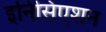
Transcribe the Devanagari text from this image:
इनिसिएशन